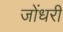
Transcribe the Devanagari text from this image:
जोंधरी